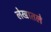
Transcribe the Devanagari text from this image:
लेखातले